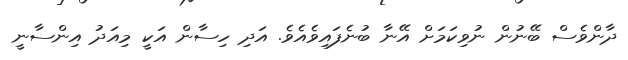
ދާންވެސް ބޭނުން ނުވިކަމަށް އޭނާ ބުނެފައިވެއެވެ. އަދި ހިސާން އަކީ މިއަދު އިންސާނީ